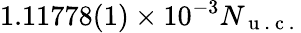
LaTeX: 1.11778(1)\times 10^{-3}N_{\mathrm{~u~.~c~.~}}